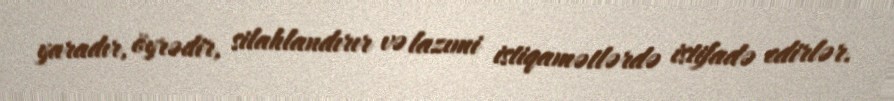
yaradır, öyrədir, silahlandırır və lazımi istiqamətlərdə istifadə edirlər.